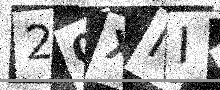
Text: 20XIID